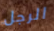
الرجل